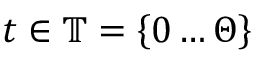
t \in \mathbb { T } = \left\{ 0 \ldots \Theta \right\}